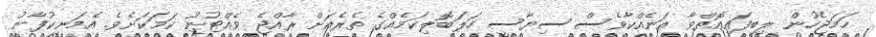
ހަމަޖެހުން ލިބިފައިއޮތްވާ އަނެއްކާވެސް ސިޔާސީ ހަލަބޮލިކަމެއްގެ ތެރެއަށް ރާއްޖެ ވެއްޓުނު ކަމަކަށެވެ. އެމަނިކުފާނު